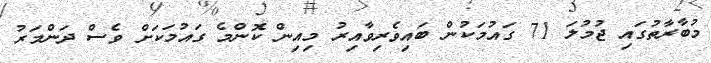
މުބާރާތުގައި ޖުމުލަ 71 ގައުމަކުން ބައިވެރިވާއިރު މިއިން ކޮންމެ ގައުމަކަށް ވެސް ދަންމަރު